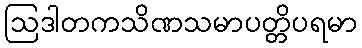
ဩဒါတကသိဏသမာပတ္တိပရမာ